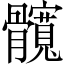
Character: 髖